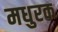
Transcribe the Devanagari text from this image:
मधुरक